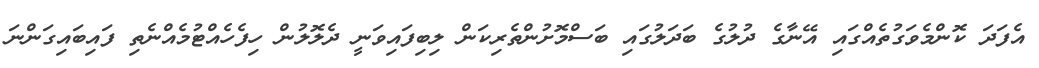
އެފަދަ ކޮންމެވަގުތެއްގައި އޭނާގެ ދުލުގެ ބަދަލުގައި ބަސްމޮށުންތެރިކަން ލިބިފައިވަނީ ދެލޮލުން ހިފެހެއްޓުމެއްނެތި ފައިބައިގަންނަ